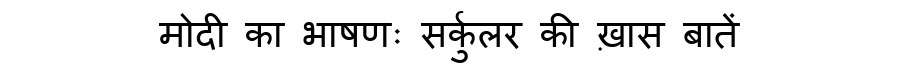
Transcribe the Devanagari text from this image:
मोदी का भाषणः सर्कुलर की ख़ास बातें